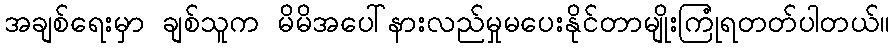
အချစ်ရေးမှာ ချစ်သူက မိမိအပေါ်နားလည်မှုမပေးနိုင်တာမျိုးကြုံရတတ်ပါတယ်။